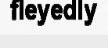
fleyedly